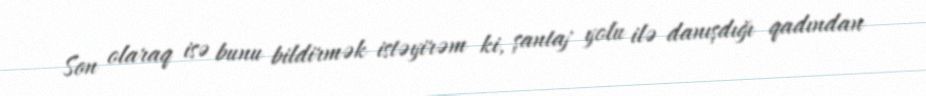
Son olaraq isə bunu bildirmək istəyirəm ki, şantaj yolu ilə danışdığı qadından